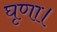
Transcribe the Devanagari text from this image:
घृणा।